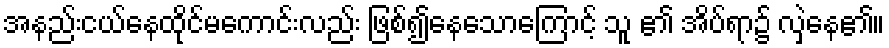
အနည်းငယ်နေထိုင်မကောင်းလည်း ဖြစ်၍နေသောကြောင့် သူ ၏ အိပ်ရာ၌ လှဲနေ၏။